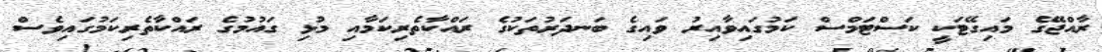
ރާއްޖޭގެ މައިގޭޓަކީ ކަސްޓަމްސް ކަމުގައިވާއިރު ވައިގެ ބަނދަރުތަކުގެ ރައްކާތެރިކަމާއި މުޅި ގައުމުގެ ރައްކާތެރިކަމުގައިވެސް